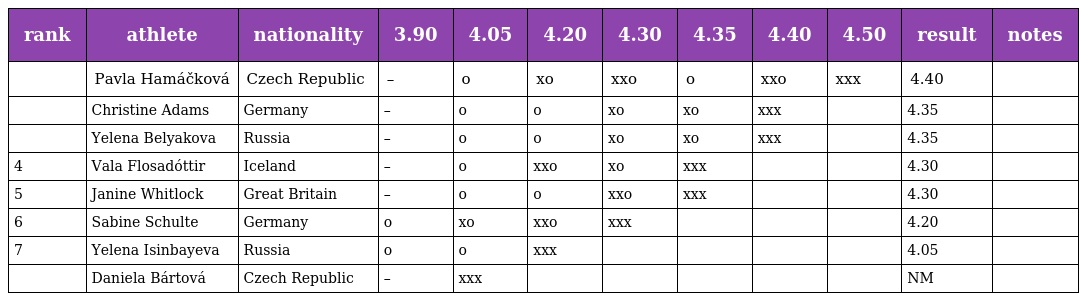
| rank | athlete | nationality | 3.90 | 4.05 | 4.20 | 4.30 | 4.35 | 4.40 | 4.50 | result | notes |
 | --- | --- | --- | --- | --- | --- | --- | --- | --- | --- | --- | --- |
 |  | Pavla Hamáčková | Czech Republic | – | o | xo | xxo | o | xxo | xxx | 4.40 |  |
 |  | Christine Adams | Germany | – | o | o | xo | xo | xxx |  | 4.35 |  |
 |  | Yelena Belyakova | Russia | – | o | o | xo | xo | xxx |  | 4.35 |  |
 | 4 | Vala Flosadóttir | Iceland | – | o | xxo | xo | xxx |  |  | 4.30 |  |
 | 5 | Janine Whitlock | Great Britain | – | o | o | xxo | xxx |  |  | 4.30 |  |
 | 6 | Sabine Schulte | Germany | o | xo | xxo | xxx |  |  |  | 4.20 |  |
 | 7 | Yelena Isinbayeva | Russia | o | o | xxx |  |  |  |  | 4.05 |  |
 |  | Daniela Bártová | Czech Republic | – | xxx |  |  |  |  |  | NM |  |